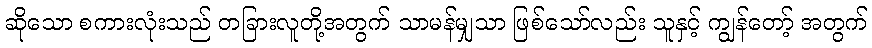
ဆိုသော စကားလုံးသည် တခြားလူတို့အတွက် သာမန်မျှသာ ဖြစ်သော်လည်း သူနှင့် ကျွန်တော့် အတွက်